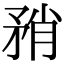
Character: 矟